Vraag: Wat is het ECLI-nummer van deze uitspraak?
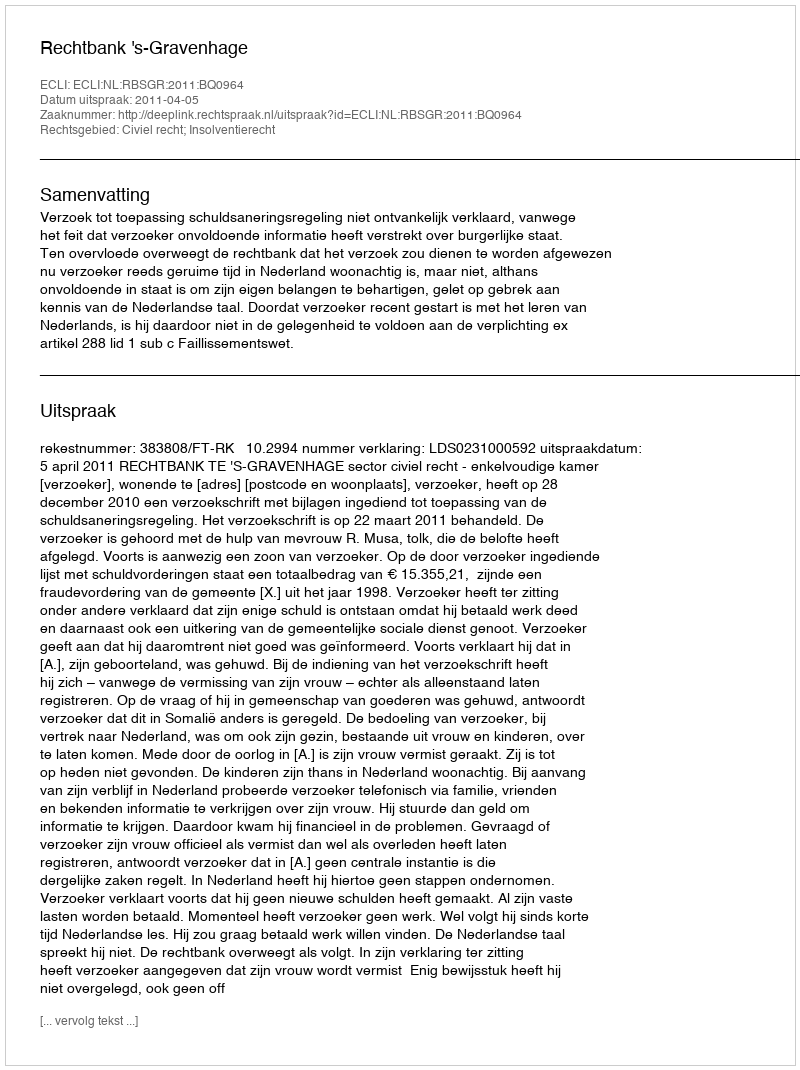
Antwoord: ECLI:NL:RBSGR:2011:BQ0964